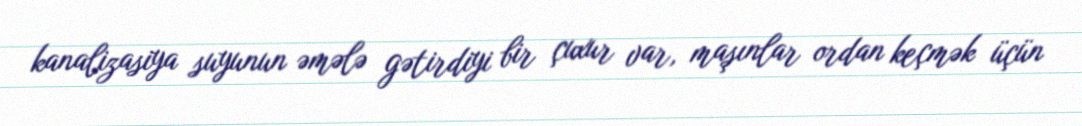
kanalizasiya suyunun əmələ gətirdiyi bir çuxur var, maşınlar ordan keçmək üçün